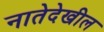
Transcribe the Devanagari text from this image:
नातेदेखील